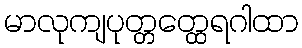
မာလုကျပုတ္တတ္ထေရဂါထာ